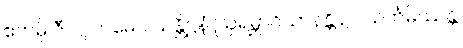
ဧတမှိ ဇီဝဂ္ဂါဟမေဝ သန္တိဋ္ဌနံ ဩရမ္ဘာဂိယာနန္တိ ဥပသင်္ကမိဿန္တိ